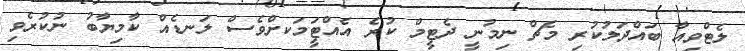
ލެޓްވިއާ ބައްދަލުކުރި މެޗް ނިމުނީ ދެޓީމް ކުރެ އެއްޓީަމަކށްވެސް ލަނޑެއް ކާމިޔާބު ނުކުރެވި